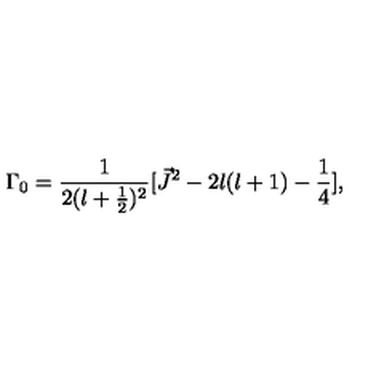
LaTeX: { \Gamma } _ { 0 } = \frac { 1 } { 2 ( l + \frac { 1 } { 2 } ) ^ { 2 } } [ \vec { J } ^ { 2 } - 2 l ( l + 1 ) - \frac { 1 } { 4 } ] ,